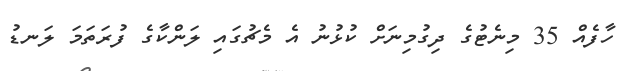
ހާފެއް 35 މިނެޓުގެ ދިގުމިނަށް ކުޅުނު އެ މެޗުގައި ލަންކާގެ ފުރަތަމަ ލަނޑު